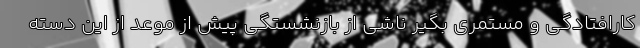
کارافتادگی و مستمری بگیر ناشی از بازنشستگی پیش از موعد از این دسته